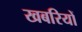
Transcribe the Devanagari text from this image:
खबरियों